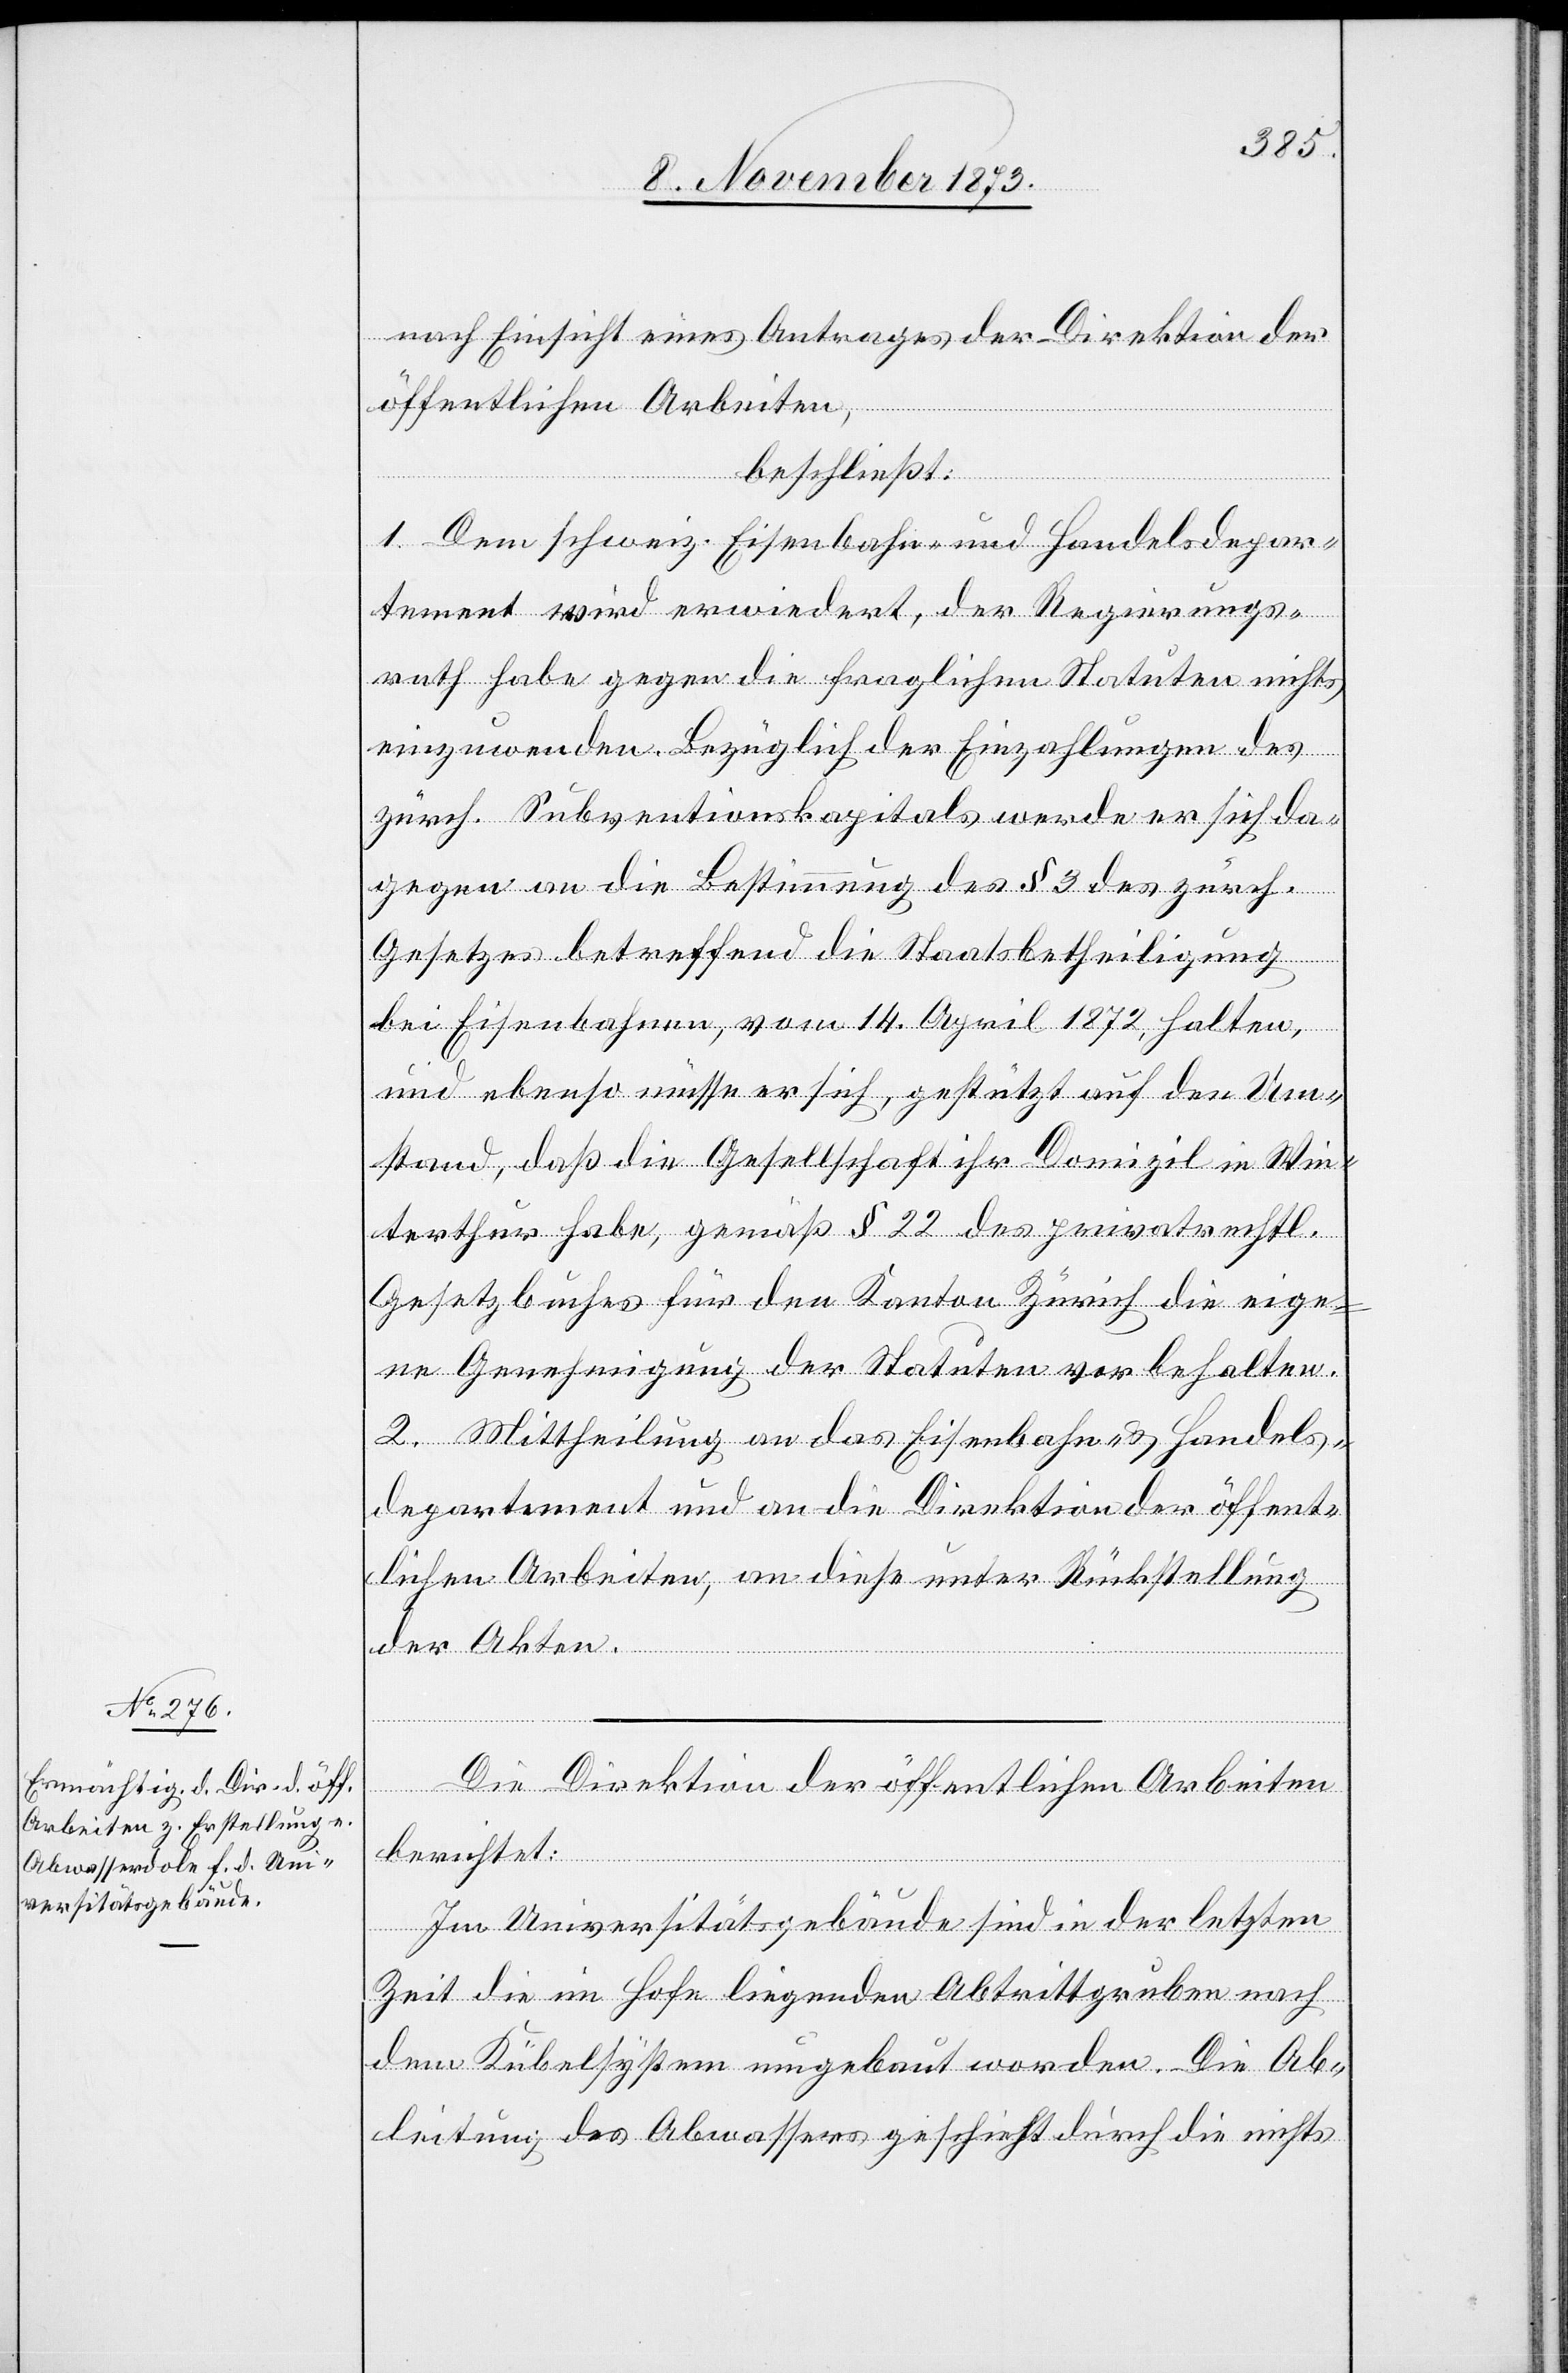
nach Einsicht eines Antrages der Direktion der
öffentlichen Arbeiten,
beschließt:
1. Dem schweiz. Eisenbahn- und Handelsdepar¬
tement wird erwiedert, der Regierungs¬
rath habe gegen die fraglichen Statuten nichts
einzuwenden. Bezüglich der Einzahlungen des
zürch. Subventionskapitals werde er sich da¬
gegen an die Bestimmung des § 3 des zürch.
Gesetzes betreffend die Staatsbetheiligung
bei Eisenbahnen, vom 14. April 1872, halten,
und ebenso müsse er sich, gestützt auf den Um¬
stand, daß die Gesellschaft ihr Domizil in Win¬
terthur habe, gemäß § 22 des privatrechtl.
Gesetzbuches für den Kanton Zürich die eige¬
ne Genehmigung der Statuten vorbehalten.
2. Mittheilung an das Eisenbahn- & Handels¬
departement und an die Direktion der öffent¬
lichen Arbeiten, an diese unter Rückstellung
der Akten.
Die Direktion der öffentlichen Arbeiten
berichtet:
Im Universitätsgebäude sind in der letzten
Zeit die im Hofe liegenden Abtrittgruben nach
dem Kübelsystem umgebaut worden. Die Ab¬
leitung des Abwassers geschieht durch die nichts